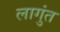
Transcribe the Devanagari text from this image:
लागुंत